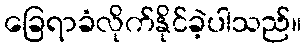
ခြေရာခံလိုက်နိုင်ခဲ့ပါသည်။